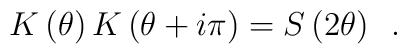
K\left(\theta\right)K\left(\theta+i\pi\right)=S\left(2\theta\right)\,\,\,.